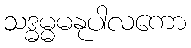
သဒ္ဓမ္မမနုပါလကော